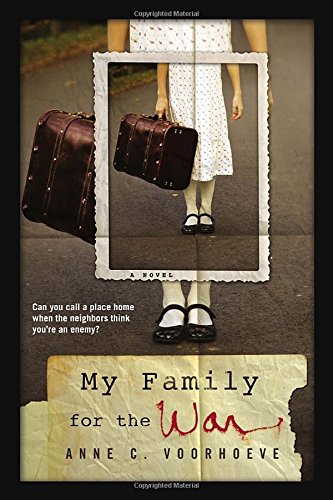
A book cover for My Family for the War; Anne C. Voorhoeve; Teen & Young Adult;